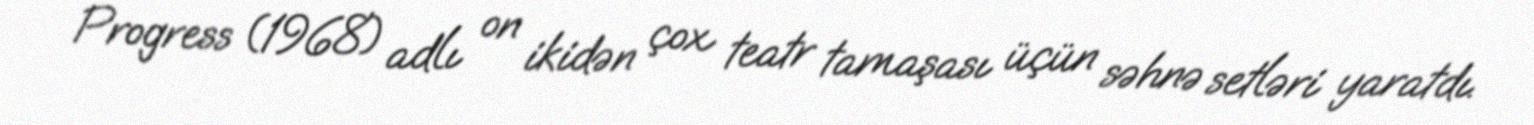
Progress (1968) adlı on ikidən çox teatr tamaşası üçün səhnə setləri yaratdı.